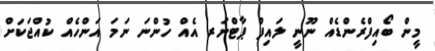
މީން ބޯއިފްރެންޑެއް ނޫނީ ލައިފް ޕާޓްނަރ އެއް ހުންނަ ނަމަ އަންހެއް ކުއްޖަކަށް